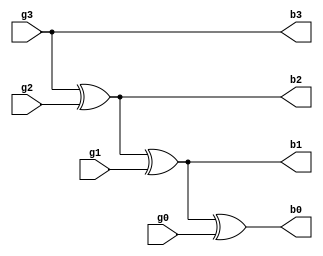
module graytobinary(b0,b1,b2,b3,g0,g1,g2,g3);
output b0,b1,b2,b3;
input g0,g1,g2,g3;
assign b3=g3;
xor (b2,g3,g2),(b1,b2,g1),(b0,b1,g0);
endmodule